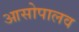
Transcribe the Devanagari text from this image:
आसोपालव